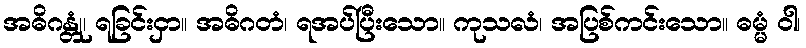
အဓိဂန္တုံ၊ ရခြင်းငှာ။ အဓိဂတံ၊ ရအပ်ပြီးသော။ ကုသလံ၊ အပြစ်ကင်းသော။ ဓမ္မံ ဝါ၊